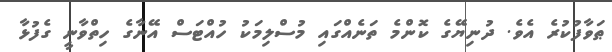
ޠަވާފުކުރެ އެވެ. ދުނިޔޭގެ ކޮންމެ ތަނެއްގައި މުސްލިމަކު ހުއްޓަސް އޭނާގެ ހިތްވާނީ ގެފުޅާ